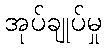
အုပ်ချုပ်မှု